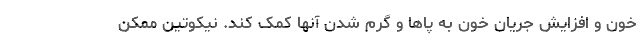
خون و افزایش جریان خون به پاها و گرم شدن آنها کمک کند. نیکوتین ممکن